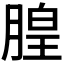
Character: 𪱦